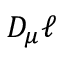
D _ { \mu } \ell